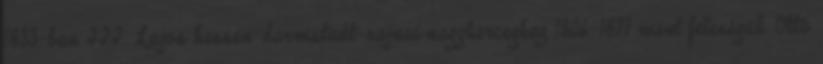
1833-ban III. Lajos hessen-darmstadt-rajnai nagyherceghez 1806–1877 ment feleségül. Ottó